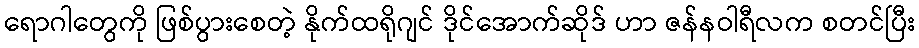
ရောဂါတွေကို ဖြစ်ပွားစေတဲ့ နိုက်ထရိုဂျင် ဒိုင်အောက်ဆိုဒ် ဟာ ဇန်နဝါရီလက စတင်ပြီး